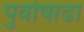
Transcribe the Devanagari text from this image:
पुर्वाषाढा